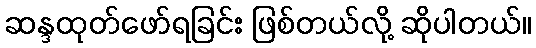
ဆန္ဒထုတ်ဖော်ရခြင်း ဖြစ်တယ်လို့ ဆိုပါတယ်။